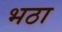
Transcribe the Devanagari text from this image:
भठा